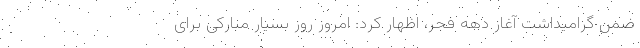
ضمن گرامیداشت آغاز دهه فجر، اظهار کرد: امروز روز بسیار مبارکی برای